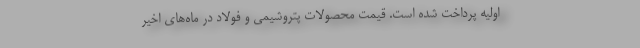
اولیه پرداخت شده است. قیمت محصولات پتروشیمی و فولاد در ماه‌های اخیر